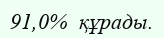
91,0%  құрады.